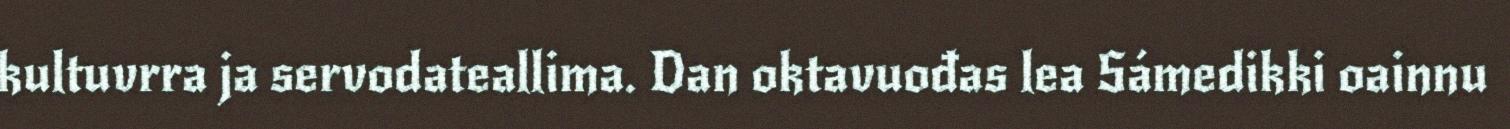
kultuvrra ja servodateallima. Dan oktavuođas lea Sámedikki oainnu